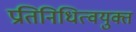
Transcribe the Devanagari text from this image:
प्रतिनिधित्वयुक्त